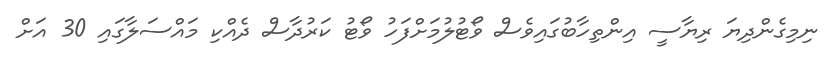
ނިމިގެންދިޔަ ރިޔާސީ އިންތިހާބުގައިވެސް ވޯޓުލުމަށްފަހު ވޯޓު ކަރުދާސް ދެއްކި މައްސަލާގައި 30 އަށް